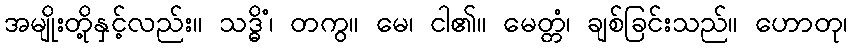
အမျိုးတို့နှင့်လည်း။ သဒ္ဓိံ၊ တကွ။ မေ၊ ငါ၏။ မေတ္တံ၊ ချစ်ခြင်းသည်။ ဟောတု၊